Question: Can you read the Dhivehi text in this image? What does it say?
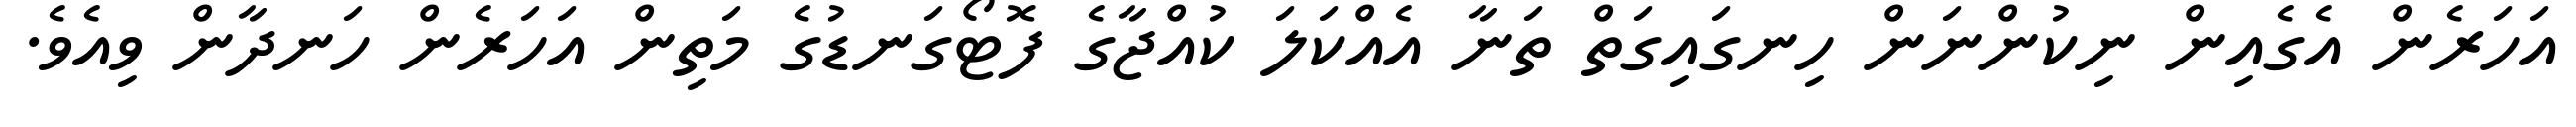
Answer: އަހަރެން އެގެއިން ނިކުންނަން ހިނގައިގަތް ތަނާ އެއްކަލަ ކުއްޖާގެ ފޮޓޯގަނޑުގެ މަތިން އަހަރެން ހަނދާން ވިއެވެ.